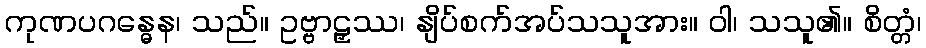
ကုဏပဂန္ဓေန၊ သည်။ ဥဗ္ဗာဠှဿ၊ နျိပ်စက်အပ်သသူအား။ ဝါ၊ သသူ၏။ စိတ္တံ၊